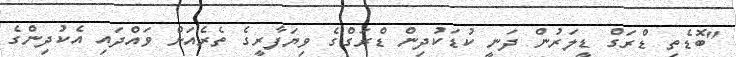
"ބޮޑެތި ޑްރަގް ޑީލަރުން ދަނީ ކުޑަކުދިން ޑްރަގްގެ ވިޔަފާރީގެ ތެރެއަށް ވައްދައި އެކުދިންގެ